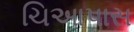
ચિઆપાસ